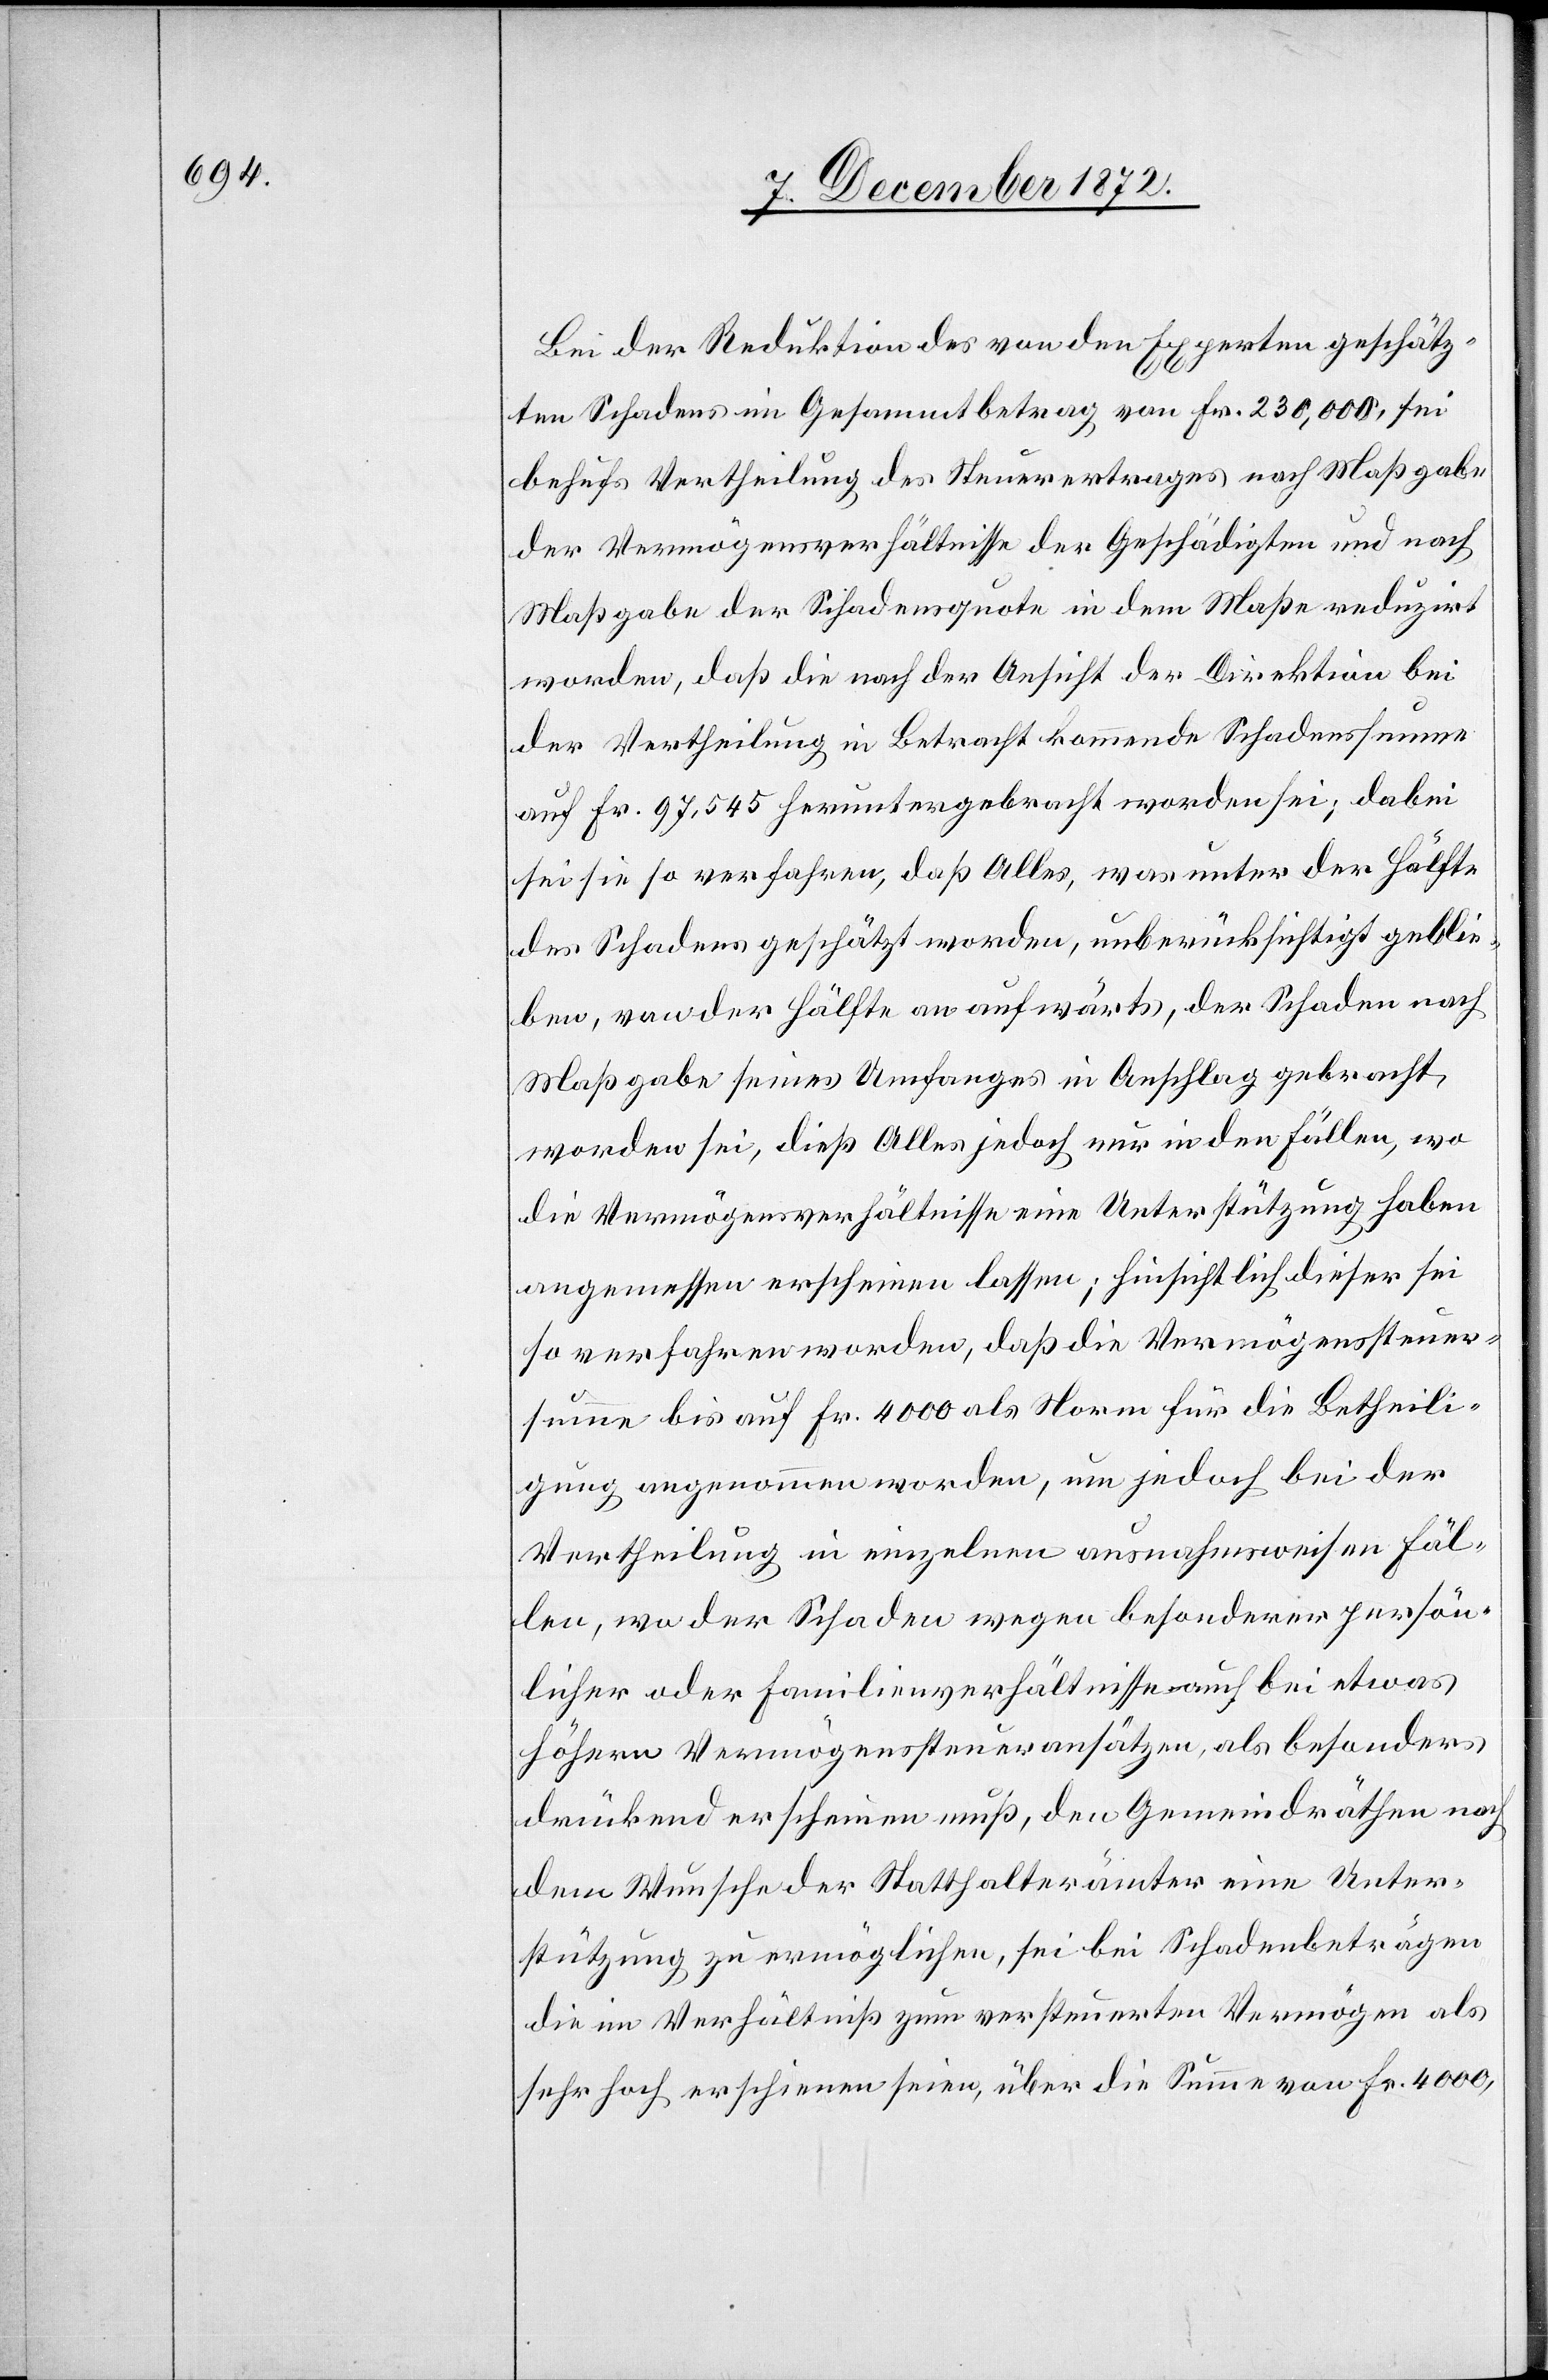
Bei der Reduktion des von den Experten geschätz¬
ten Schadens im Gesammtbetrag von Fr. 230,000, sei
behufs Vertheilung des Steuerertrages nach Maßgabe
der Vermögensverhältnisse der Geschädigten und nach
Maßgabe der Schadensquote in dem Maße reduzirt
worden, daß die nach der Ansicht der Direktion bei
der Vertheilung in Betracht kommende Schadenssumme
auf Fr. 97,545 heruntergebracht worden sei; dabei
sei sie so verfahren, das Alles, was unter der Hälfte
des Schadens geschätzt worden, unberücksichtigt geblie¬
ben, von der Hälfte an aufwärts, der Schaden nach
Maßgabe seines Umfanges in Anschlag gebracht
worden sei, dieß Alles jedoch nur in den Fällen, wo
die Vermögensverhältnisse eine Unterstützung haben
angemessen erscheinen lassen; hinsichtlich dieser sei
so verfahren worden, daß die Vermögenssteuer¬
summe bis auf Fr. 4000 als Norm für die Betheili¬
gung angenommen worden, um jedoch bei der
Vertheilung in einzelnen ausnahmsweisen Fäl¬
len, wo der Schaden wegen besonderer persön¬
licher oder Familienverhältnisse auch bei etwas
höhern Vermögenssteueransätzen, als besonders
drückend erscheinen muß, den Gemeindräthen nach
dem Wunsche der Statthalterämter eine Unter¬
stützung zu ermöglichen, sei bei Schadenbeträgen
die im Verhältniß zum versteuerten Vermögen als
sehr hoch erschienen seien, über die Summe von Fr. 4000,